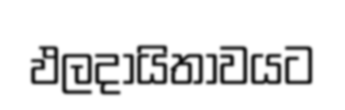
ඵලදායිතාවයට